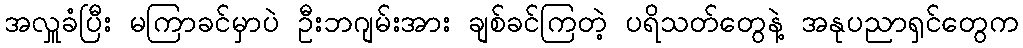
အလှူခံပြီး မကြာခင်မှာပဲ ဦးဘဂျမ်းအား ချစ်ခင်ကြတဲ့ ပရိသတ်တွေနဲ့ အနုပညာရှင်တွေက